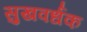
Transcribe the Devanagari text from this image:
सुखवर्धक